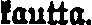
kautta.